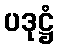
ပဒုဋ္ဌံ